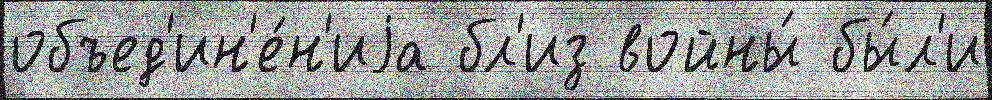
объед'ин'е́н'иjа бл'из войны́ бы́л'и